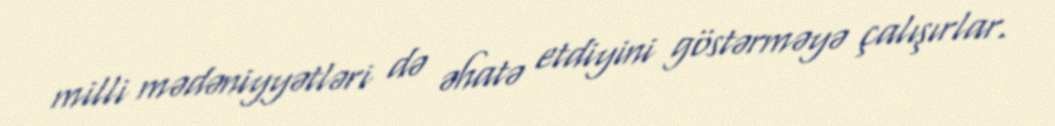
milli mədəniyyətləri də əhatə etdiyini göstərməyə çalışırlar.